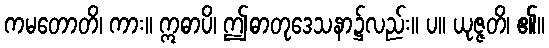
ကမတောတိ၊ ကား။ ဣဓာပိ၊ ဤဓာတုဒေသနာ၌လည်း။ ပ။ ယုဇ္ဇတိ၊ ၏။